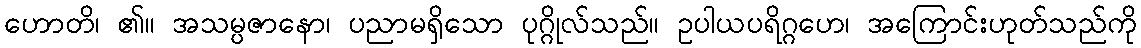
ဟောတိ၊ ၏။ အသမ္ပဇာနော၊ ပညာမရှိသော ပုဂ္ဂိုလ်သည်။ ဥပါယပရိဂ္ဂဟေ၊ အကြောင်းဟုတ်သည်ကို